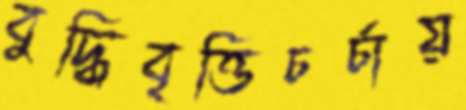
বুদ্ধিবৃত্তিচর্চায়